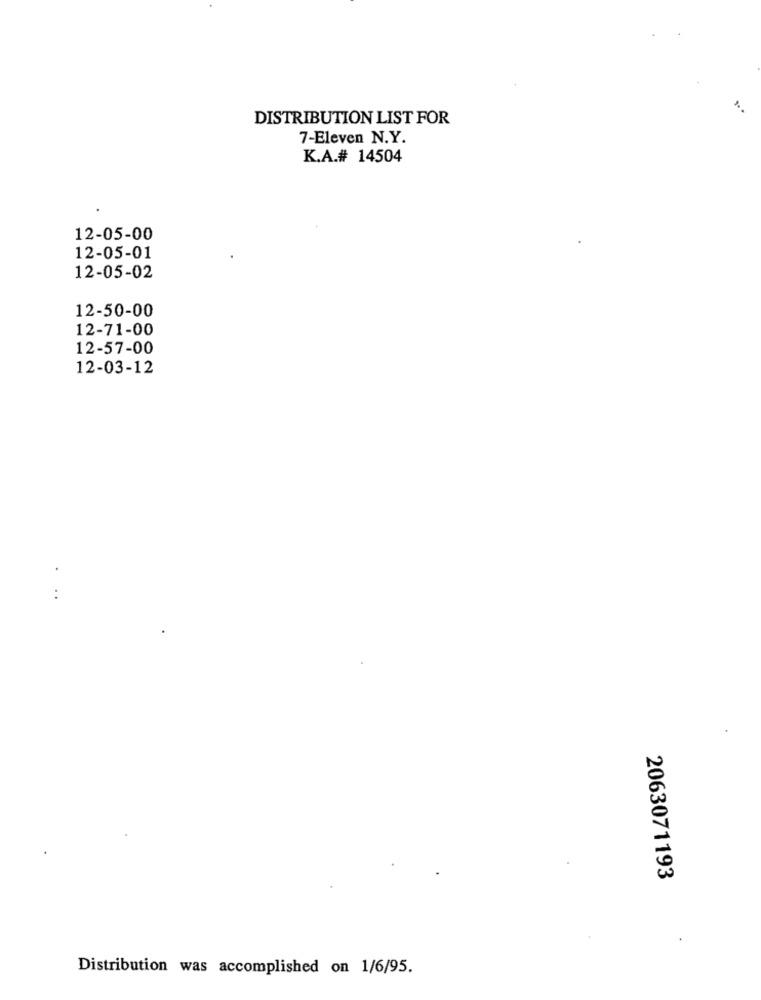
DISTRIBUTION LIST FOR
7-Eleven N.Y.
K.A.# 14504
12-05-00
12-05-01
12-05-02
12-50-00
12-71-00
12-57-00
12-03-12
.
..
2063071193
Distribution was accomplished on 1/6/95.